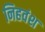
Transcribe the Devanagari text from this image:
निहवंश